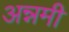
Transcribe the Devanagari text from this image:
अन्नमी